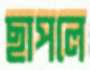
ছাপলে